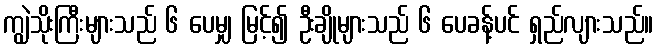
ကျွဲသိုးကြီးများသည် ၆ ပေမျှ မြင့်၍ ဦးချိုများသည် ၆ ပေခန့်ပင် ရှည်လျားသည်။